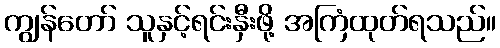
ကျွန်တော် သူနှင့်ရင်းနှီးဖို့ အကြံထုတ်ရသည်။